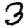
Digit: 3